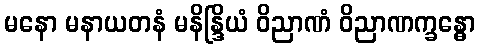
မနော မနာယတနံ မနိန္ဒြိယံ ဝိညာဏံ ဝိညာဏက္ခန္ဓော